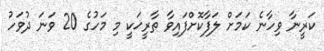
ކަރީނާ ވިހާނެ ކަމަށް ލަފާކޮށްފައިވާ ތާރީޚަކީ މި މަހުގެ 20 ވަނަ ދުވަހު